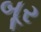
બૂર